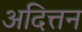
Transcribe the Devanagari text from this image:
अदित्तन